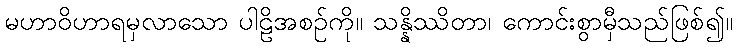
မဟာဝိဟာရမှလာသော ပါဠိအစဉ်ကို။ သန္နိဿိတာ၊ ကောင်းစွာမှီသည်ဖြစ်၍။